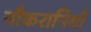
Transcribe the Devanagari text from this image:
नौकरानियाँ